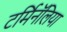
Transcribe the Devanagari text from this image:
टर्मिनॅलिया